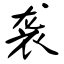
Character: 袭